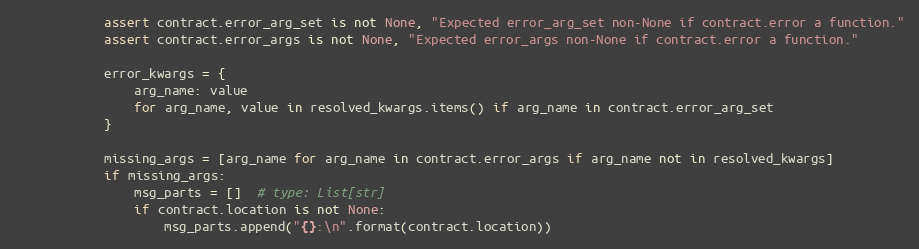
Language: Python
            assert contract.error_arg_set is not None, "Expected error_arg_set non-None if contract.error a function."
            assert contract.error_args is not None, "Expected error_args non-None if contract.error a function."

            error_kwargs = {
                arg_name: value
                for arg_name, value in resolved_kwargs.items() if arg_name in contract.error_arg_set
            }

            missing_args = [arg_name for arg_name in contract.error_args if arg_name not in resolved_kwargs]
            if missing_args:
                msg_parts = []  # type: List[str]
                if contract.location is not None:
                    msg_parts.append("{}:\n".format(contract.location))